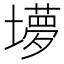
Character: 㙹